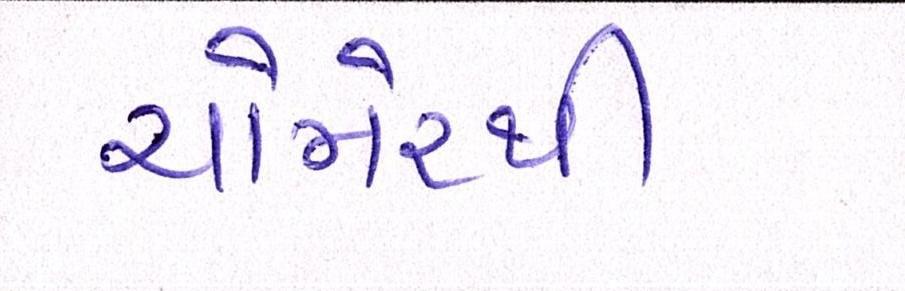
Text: ચોમેરથી